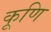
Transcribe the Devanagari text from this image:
कूणि